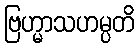
ဗြဟ္မာသဟမ္ပတိ